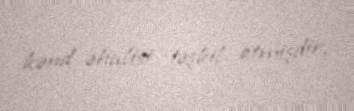
kənd əhalisi təşkil etmişdir.